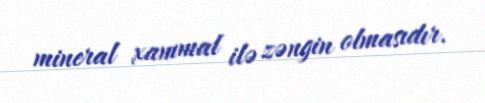
mineral xammal ilə zəngin olmasıdır.